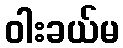
ဝါးခယ်မ